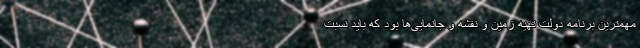
مهمترین برنامه دولت تهیه زمین و نقشه و جانمایی‌ها بود که باید نسبت